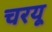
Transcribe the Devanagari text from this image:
चरयू